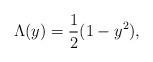
LaTeX: \begin{align*} \Lambda(y) = \frac{1}{2} (1-y^{2}),\end{align*}